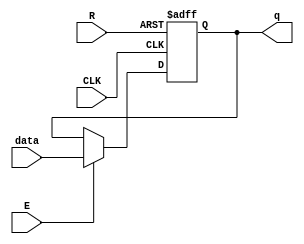
module REG_User
#(parameter N = 64)
(
	CLK,
	R,
	E,
	data,
	q
);

//clock, reset, habilitaao
input wire CLK, R, E;
input wire [N-1:0] data;
output reg [N-1:0] q; 

always@(posedge CLK or posedge R)
begin
	if (R == 1'b1) //1 ou 0?
		q <= 4'b0000;
	else
		if (E == 1'b1)
			q <= data;
		else 
		   q <= q;
end

endmodule